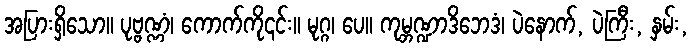
အပြားရှိသော။ ပုဗ္ဗဏ္ဏံ၊ ကောက်ကို၎င်း။ မုဂ္ဂ၊ ပေ။ ကုမ္ဘဏ္ဍာဒိဘေဒံ၊ ပဲနောက်, ပဲကြီး, နှမ်း,